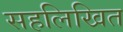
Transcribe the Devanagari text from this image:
सहलिखित